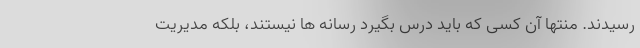
رسیدند. منتها آن کسی که باید درس بگیرد رسانه ها نیستند، بلکه مدیریت